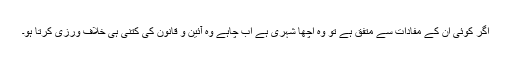
اگر کوئی ان کے مفادات سے متفق ہے تو وہ اچھا شہری ہے اب چاہے وہ آئین و قانون کی کتنی ہی خلاف ورزی کرتا ہو۔